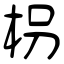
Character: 枴